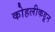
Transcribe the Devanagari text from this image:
कोहलीकडून